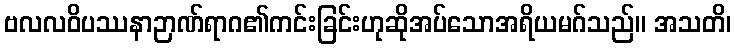
ဗလလဝိပဿနာဉာဏ်ရာဂ၏ကင်းခြင်းဟုဆိုအပ်သောအရိယမဂ်သည်။ အသတိ၊